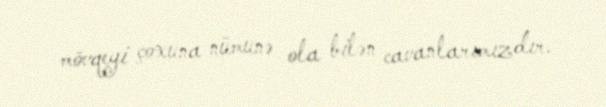
mövqeyi çoxuna nümunə ola bilən cavanlarımızdır.